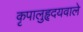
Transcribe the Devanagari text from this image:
कृपालुहृदयवाले